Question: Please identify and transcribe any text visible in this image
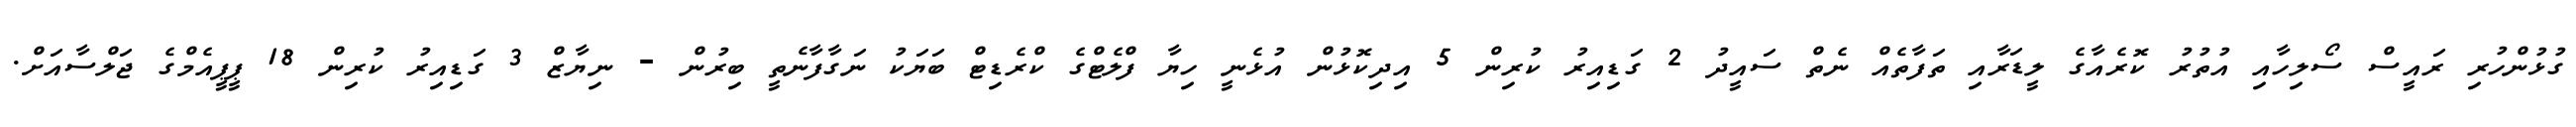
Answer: ގުޅުންހުރި ރައީސް ސޯލިހާއި އުތުރު ކޮރެއާގެ ލީޑަރާއި ތަފާތެއް ނެތް ސައީދު 2 ގަޑިއިރު ކުރިން 5 އިދިކޮޅުން އުޅެނީ ހިޔާ ފްލެޓްގެ ކްރެޑިޓް ބަޔަކު ނަގާފާނެތީ ބިރުން - ނިޔާޒް 3 ގަޑިއިރު ކުރިން 18 ޕީޕީއެމްގެ ޖަލްސާއަށް.